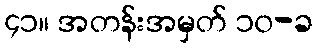
၄၁။ အတန်းအမှတ် ၁၀-ခ